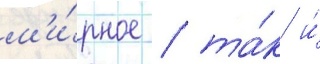
м'и́рное / та́к и́